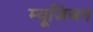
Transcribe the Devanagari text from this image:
म्यूजिअन